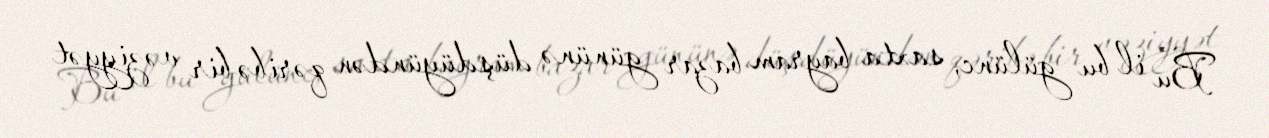
Bu il bu gülünc, saxta bayram bazar gününə düşdüyündən qəribə bir vəziyyət